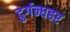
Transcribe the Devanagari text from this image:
दुर्गन्धहर